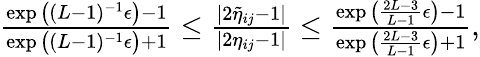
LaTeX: \begin{array}{r}{\frac{\exp\big((L-1)^{-1}\epsilon\big)-1}{\exp\big((L-1)^{-1}\epsilon\big)+1}\leq\frac{|2\widetilde{\eta}_{ij}-1|}{|2\eta_{ij}-1|}\leq\frac{\exp\big(\frac{2L-3}{L-1}\epsilon\big)-1}{\exp\big(\frac{2L-3}{L-1}\epsilon\big)+1},}\end{array}